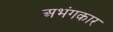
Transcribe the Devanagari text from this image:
अभंगकार